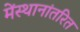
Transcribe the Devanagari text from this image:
मेंस्थानांतरित